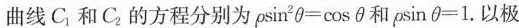
曲线C_{1}和C_{2}的方程分别为$$P \sin